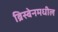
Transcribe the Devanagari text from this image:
ब्रिस्बेनमधील